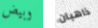
وبيض ذاهبان